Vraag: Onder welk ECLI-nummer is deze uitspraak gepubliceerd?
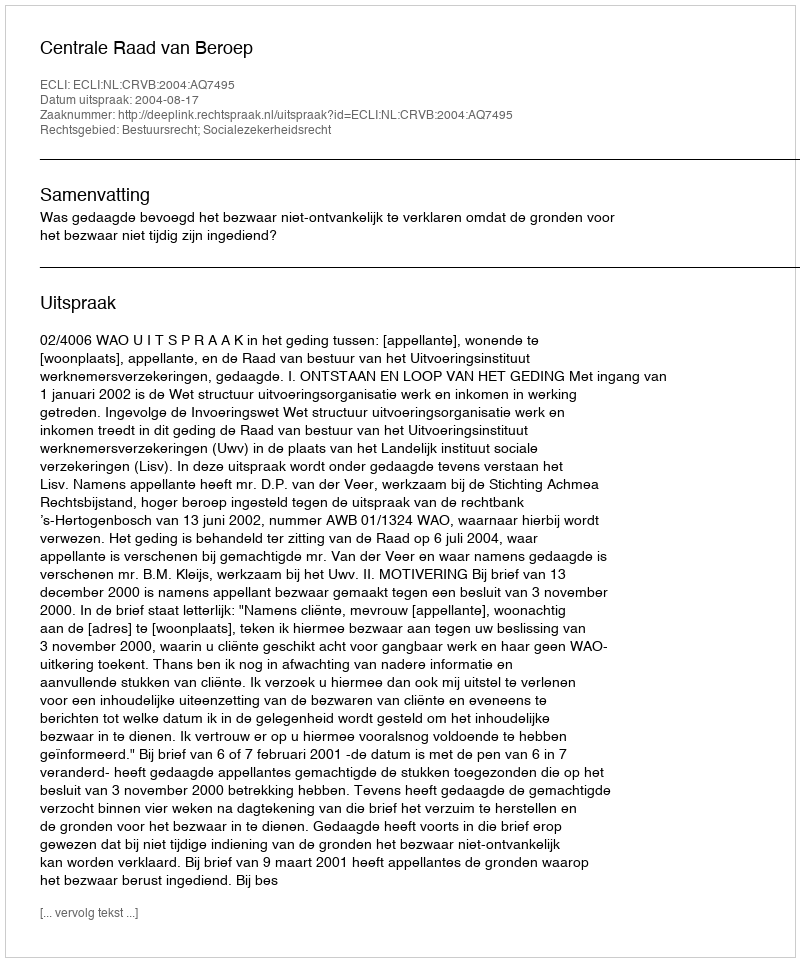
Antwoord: ECLI:NL:CRVB:2004:AQ7495